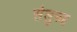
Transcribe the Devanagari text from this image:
सेलुरुह